Annual report of the Punjab Veterinary College and of the Civil Veterinary Department, Punjab - 1894-1908
Year: 1894
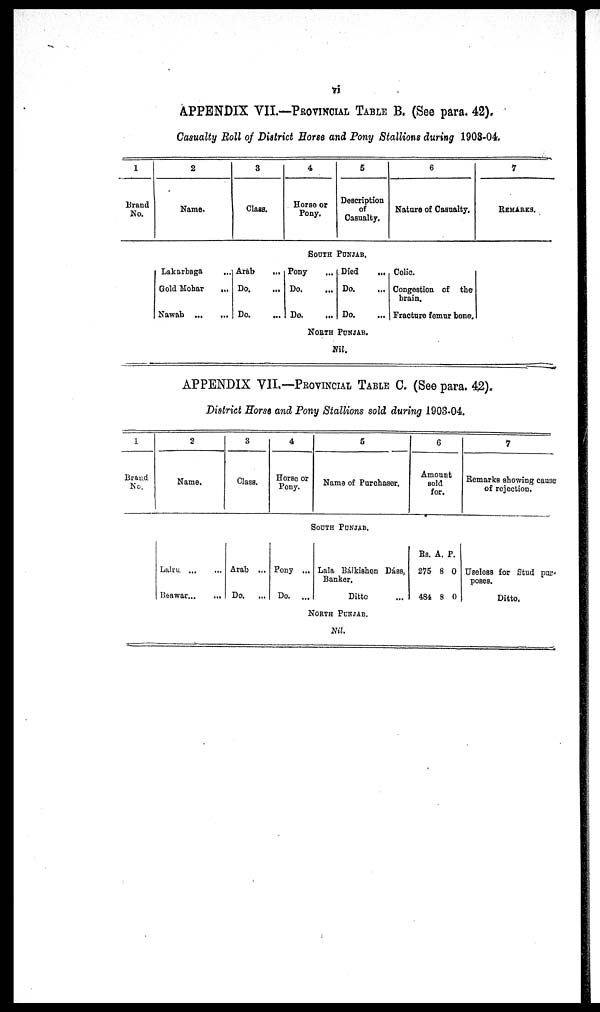
vi
APPENDIX VII.—PROVINCIAL TABLE B. (See para. 42).
Casualty Roll of District Horse and Pony Stallions during 1903-04.
1
Brand
No.
2
Name.
Lakarbaga ...
Gold Mohar
...
Nawab ... ...
3
Class.
Arab
...
Do. ...
Do. ...
4
Horse or
Pony.
5
Description
of
Casualty.
SOUTH PUNJAB.
Pony ...
Do. ...
Do. ...
Died .....
Do. ...
Do. ...
NORTH PUNJAB.
Nil.
6
Nature of Casualty.
Colic.
Congestion of the
brain.
Fracture femur bone.
7
REMARKS.
APPENDIX VII.—PROVINCIAL TABLE C. (See para. 42).
District Horse and Pony Stallions sold during 1903-04.
1
Brand
No.
2
Name.
Lalru. ...
...
Beawar..... ...
3
Class.
Arab ...
Do. ...
4
Horse or
Pony.
5
Name of Purchaser.
SOUTH PUNJAB.
Pony ...
Do. ...
Lala Bálkishen Dáss,
Banker.
Ditto ...
NORTH PUNJAB.
Nil.
6
Amount
sold
for.
Rs.
275
484
A.
8
8
P.
0
0
7
Remarks showing cause
of rejection.
Useless for Stud pur-
poses.
Ditto.